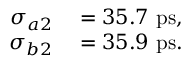
\begin{array} { r l } { \sigma _ { a 2 } } & { { } = 3 5 . 7 ~ \mathrm { p s } , } \\ { \sigma _ { b 2 } } & { { } = 3 5 . 9 ~ \mathrm { p s } . } \end{array}